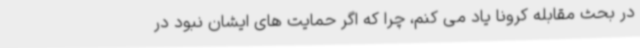
در بحث مقابله کرونا یاد می کنم، چرا که اگر حمایت های ایشان نبود در